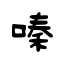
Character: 嗪